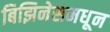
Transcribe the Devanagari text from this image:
बिझिनेसमधून